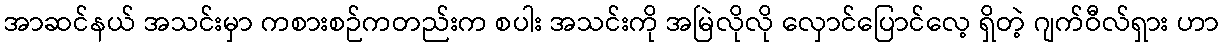
အာဆင်နယ် အသင်းမှာ ကစားစဉ်ကတည်းက စပါး အသင်းကို အမြဲလိုလို လှောင်ပြောင်လေ့ ရှိတဲ့ ဂျက်ဝီလ်ရှား ဟာ